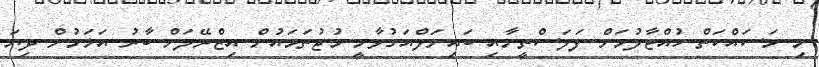
މި މަސައްކަތް ހުއްޓާލުމަށް ފަލަސްތީނާއި ބައިނަލްއަގުވާމީ މުޖުތަމައުން އިޒްރޭލަށް ބާރު އަޅަމުން ދިޔަ